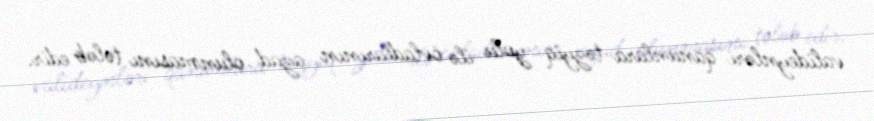
valideynləri qanunlara təzyiq yolu ilə övladlarının azad olunmasını tələb edir.